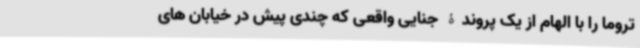
تروما را با الهام از یک پروندۀ جنایی واقعی که چندی پیش در خیابان های